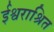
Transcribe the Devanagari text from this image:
ईश्वराश्रित